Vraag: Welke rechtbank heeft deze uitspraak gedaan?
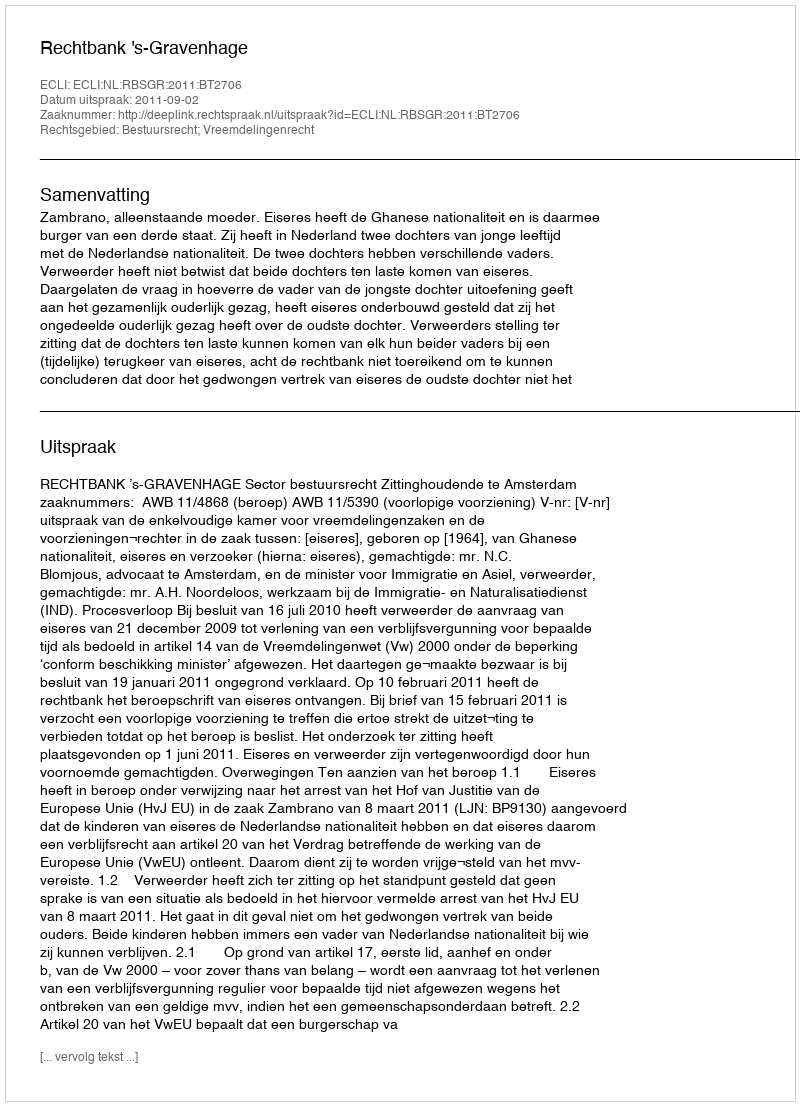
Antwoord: Rechtbank 's-Gravenhage